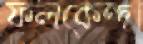
ফলকেন্দ